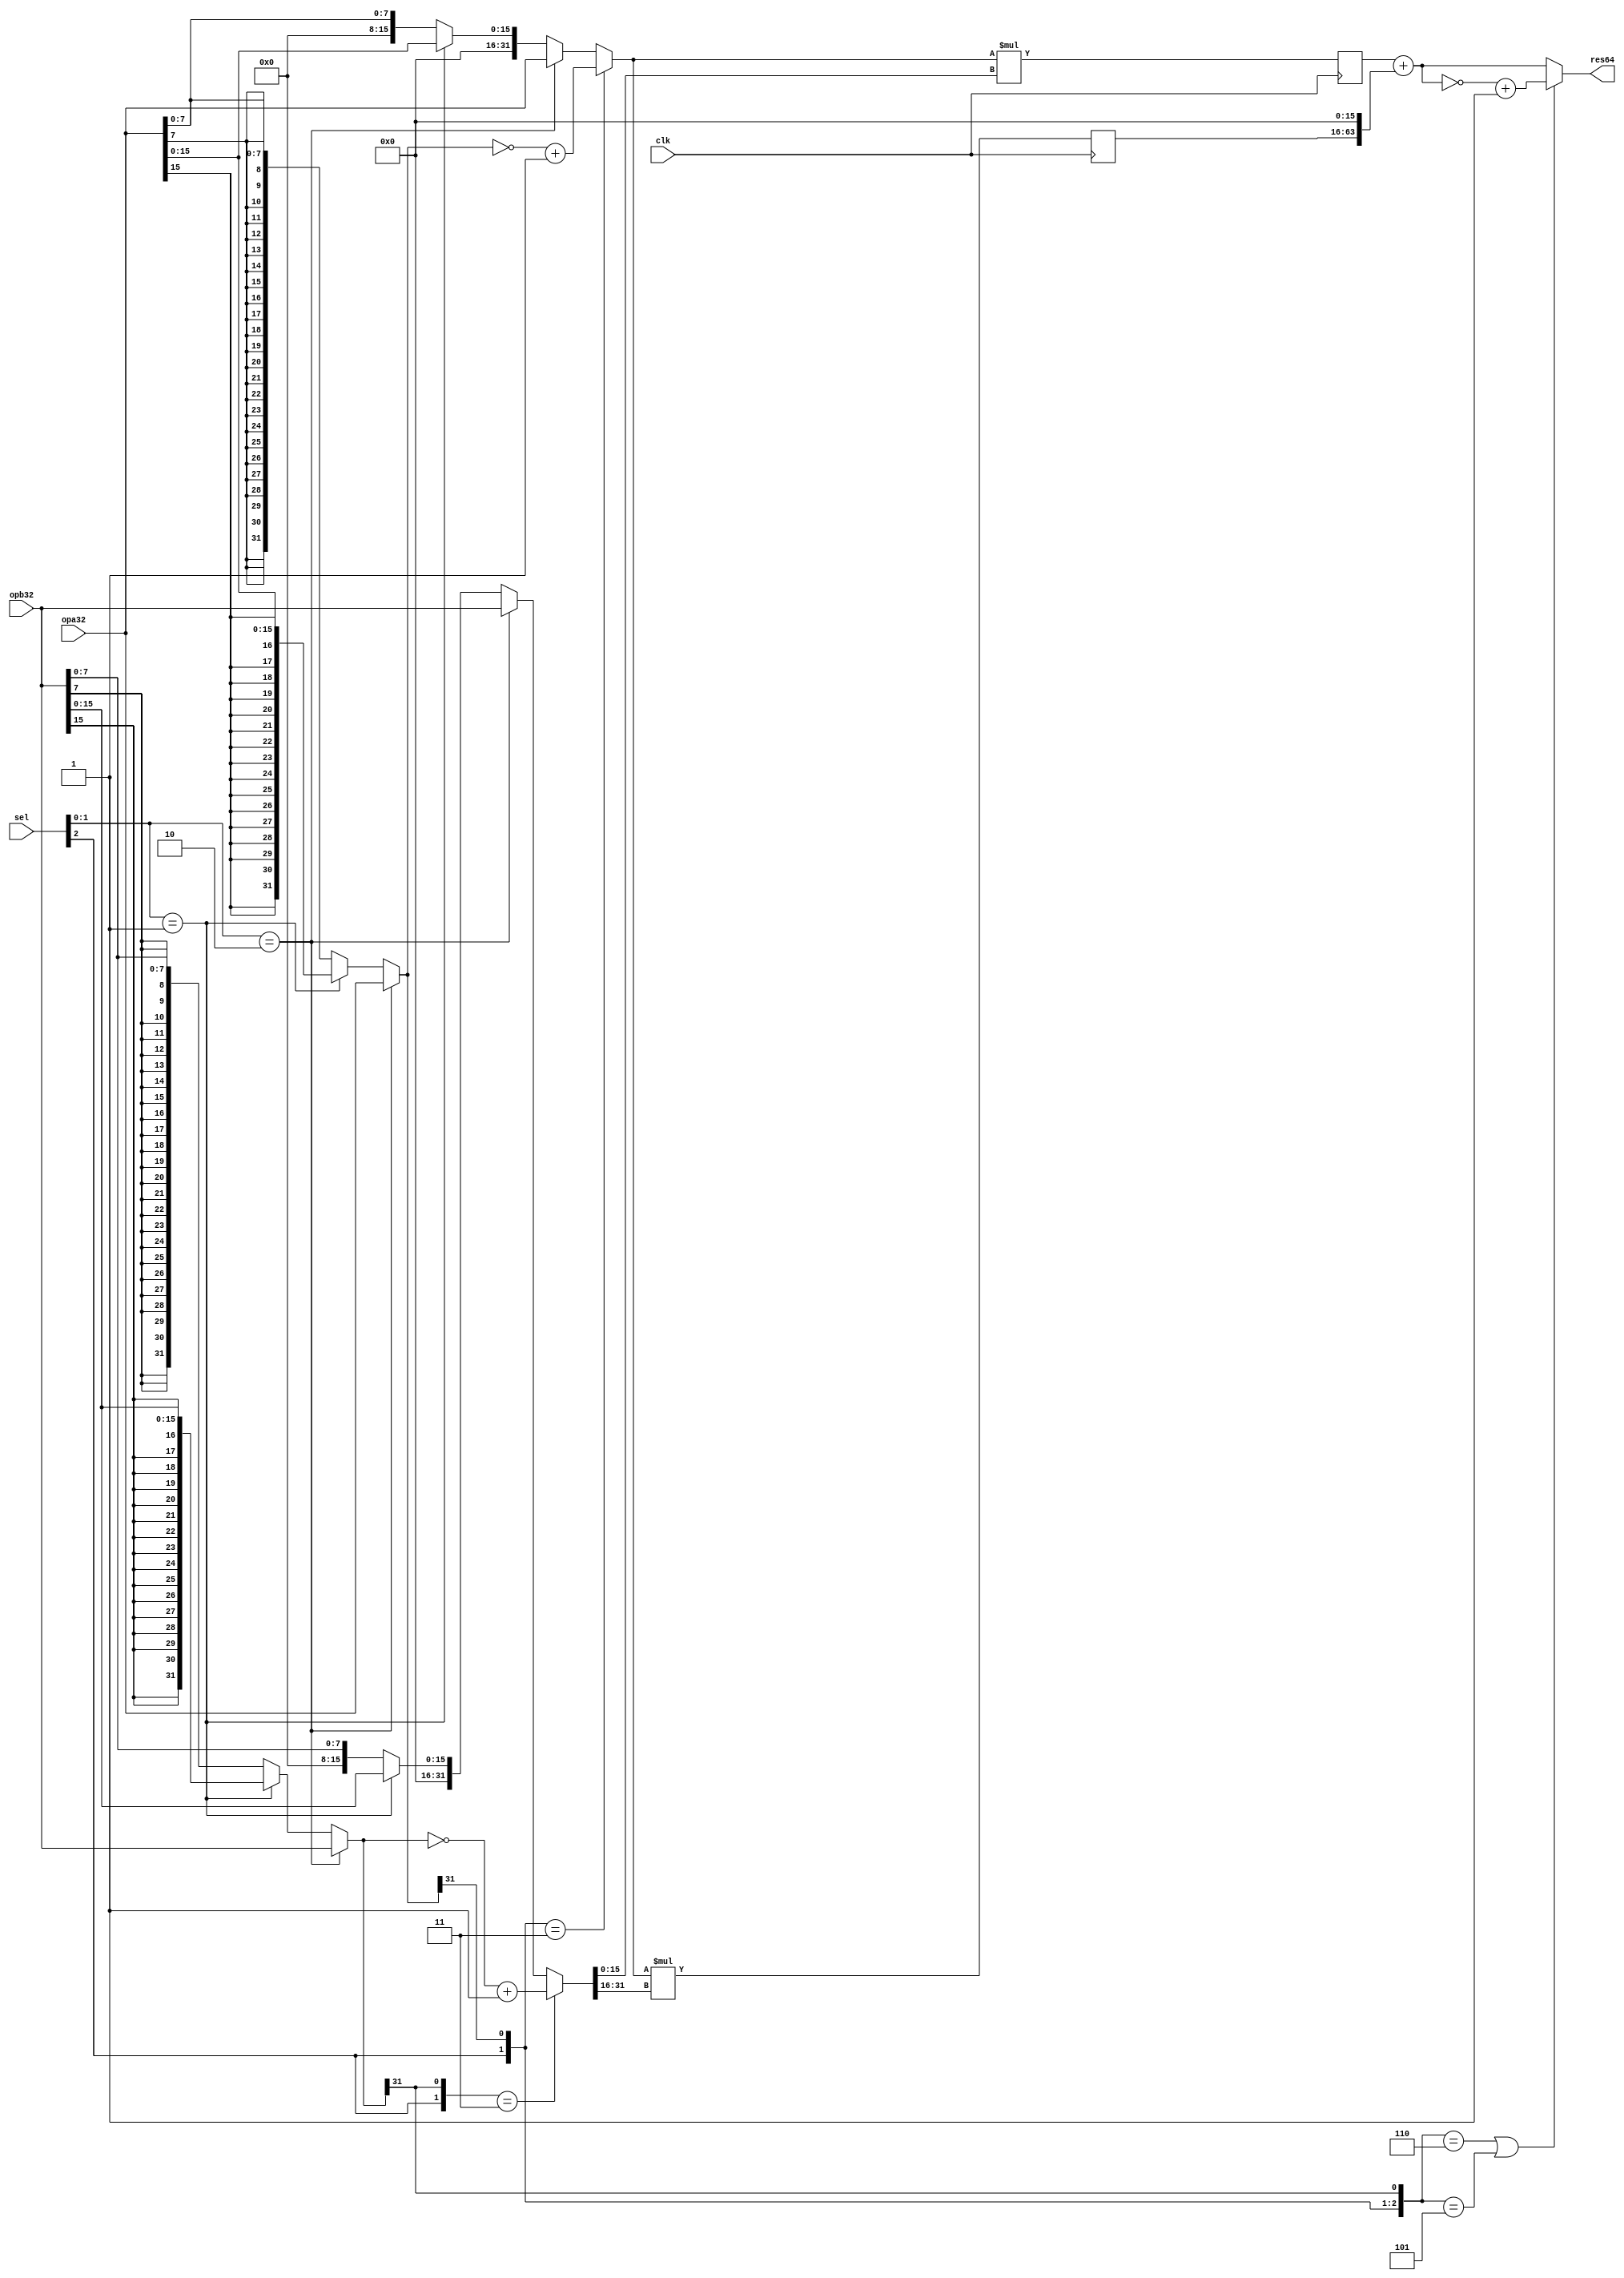
module synthetic_op ( clk , sel, opa32, opb32 , res64 );

input clk;
input [2:0] sel;
input [31:0] opa32,opb32;

output        [63:0]  res64;

wire signed [31:0] sopa32,sopb32;
wire        [31:0] uopa32,uopb32;
wire        [31:0] aopa32,aopb32;
wire        [63:0] out_abs;
reg         [47:0] unsign_st1a, unsign_st1b;

// cast
assign sopa32 = (sel[1:0] == 2'b10) ? opa32 :
                (sel[1:0] == 2'b01) ? {{16{opa32[15]}},opa32[15:0]}:
		                 {{24{opa32[7]}},opa32[ 7:0]};

assign sopb32 = (sel[1:0] == 2'b10) ? opb32 :
                (sel[1:0] == 2'b01) ? {{16{opb32[15]}},opb32[15:0]}:
		                 {{24{opb32[7]}},opb32[ 7:0]};

assign uopa32 = (sel[1:0] == 2'b10) ? opa32 :
                (sel[1:0] == 2'b01) ? {16'b0,opa32[15:0]}:
		                 {24'b0,opa32[ 7:0]};

assign uopb32 = (sel[1:0] == 2'b10) ? opb32 :
                (sel[1:0] == 2'b01) ? {16'b0,opb32[15:0]}:
		                 {24'b0,opb32[ 7:0]};
				 
// absolute value if needed
assign aopa32 = ({sel[2],sopa32[31]} == 2'b11 ) ? ( ~sopa32 + 1 ) : uopa32;
assign aopb32 = ({sel[2],sopb32[31]} == 2'b11 ) ? ( ~sopb32 + 1 ) : uopb32;



// stage 1
always @(posedge clk)
begin
unsign_st1a <= aopa32 * aopb32[15:0];
unsign_st1b <= aopa32 * aopb32[31:16];
end

// output
assign out_abs  = unsign_st1a + {unsign_st1b,16'b0};

assign res64 = (( {sel[2],sopa32[31],sopb32[31]} == 3'b110 ) || ( {sel[2],sopa32[31],sopb32[31]} == 3'b101 )) ? ~out_abs + 1 : out_abs;

endmodule